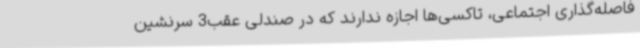
فاصله‌گذاری اجتماعی، تاکسی‌ها اجازه ندارند که در صندلی عقب3 سرنشین